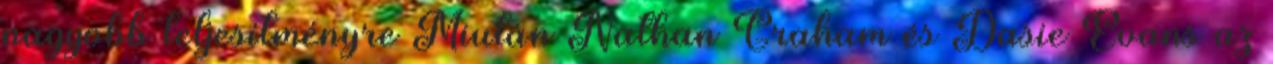
nagyobb teljesítményre Miután Nathan Graham és Dasie Evans az